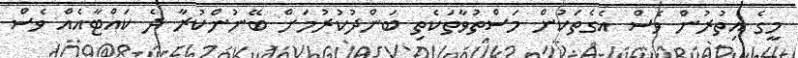
މީގެ އިތުރުން ވެސް އެގެތަކުން މަސްތުވާތަކެތި ބަންދުކުރުމަށް ބޭނުންކުރާ ދެ ކައްޓާއެއް ވެސް